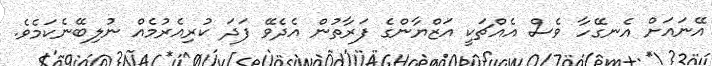
އޭނައަށް އެނގޭހާ ވެސް އެއްޗަކީ އަޒްޔާންގެ ފަރާތުން އެދެވޭ ފަދަ ކުރިއެރުމެއް ނުލިބޭނެކަމެވެ.